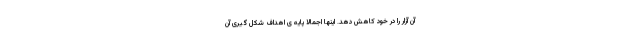
آن آزار را در خود کاهش دهد. اینها اجمالا پایه ی اهداف شکل گیری آن